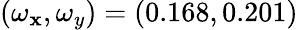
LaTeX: (\omega_{\mathbf{x}},\omega_{y})=(0.168,0.201)